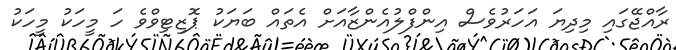
ރާއްޖޭގައި މިދިޔަ އަހަރުވެސް އިންފްލުއެންޒާއަށް އެތައް ބަޔަކު ޕޮޒިޓިވްވެ ހަ މީހަކު މީހަކު